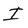
Character: I